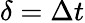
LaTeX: \delta=\Delta t